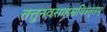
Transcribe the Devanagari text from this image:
तत्तुनवसाहस्रविस्तृतम्